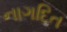
નાગદિત